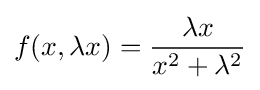
f(x,\lambda x)={\frac {\lambda x}{x^{2}+\lambda ^{2}}}